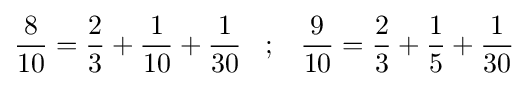
{\frac {8}{10}}={\frac {2}{3}}+{\frac {1}{10}}+{\frac {1}{30}}\;\;\;;\;\;\;{\frac {9}{10}}={\frac {2}{3}}+{\frac {1}{5}}+{\frac {1}{30}}